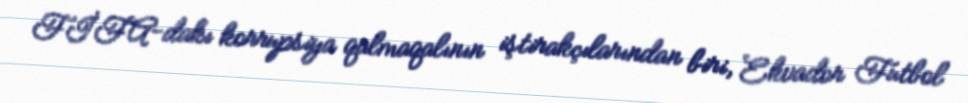
FİFA-dakı korrupsiya qalmaqalının iştirakçılarından biri, Ekvador Futbol